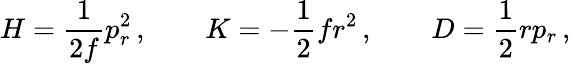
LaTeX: H={\frac{1}{2f}}p_{r}^{2}\, ,\qquad K=-{\frac{1}{2}}fr^{2}\, ,\qquad D={\frac{1}{2}}rp_{r}\, ,